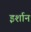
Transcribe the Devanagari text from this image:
इर्शान